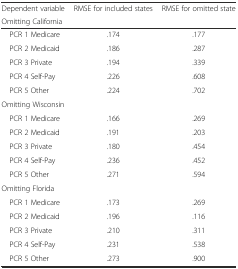
| Dependent variable | RMSE for included states | RMSE for omitted state |
 | <COLSPAN=3> Omitting California |
 | --- | --- | --- |
 | PCR 1 Medicare | .174 | .177 |
 | PCR 2 Medicaid | .186 | .287 |
 | PCR 3 Private | .194 | .339 |
 | PCR 4 Self-Pay | .226 | .608 |
 | PCR 5 Other | .224 | .702 |
 | <COLSPAN=3> Omitting Wisconsin |
 | PCR 1 Medicare | .166 | .269 |
 | PCR 2 Medicaid | .191 | .203 |
 | PCR 3 Private | .180 | .454 |
 | PCR 4 Self-Pay | .236 | .452 |
 | PCR 5 Other | .271 | .594 |
 | <COLSPAN=3> Omitting Florida |
 | PCR 1 Medicare | .173 | .269 |
 | PCR 2 Medicaid | .196 | .116 |
 | PCR 3 Private | .210 | .311 |
 | PCR 4 Self-Pay | .231 | .538 |
 | PCR 5 Other | .273 | .900 |